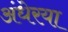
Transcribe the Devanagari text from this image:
अंधेरया